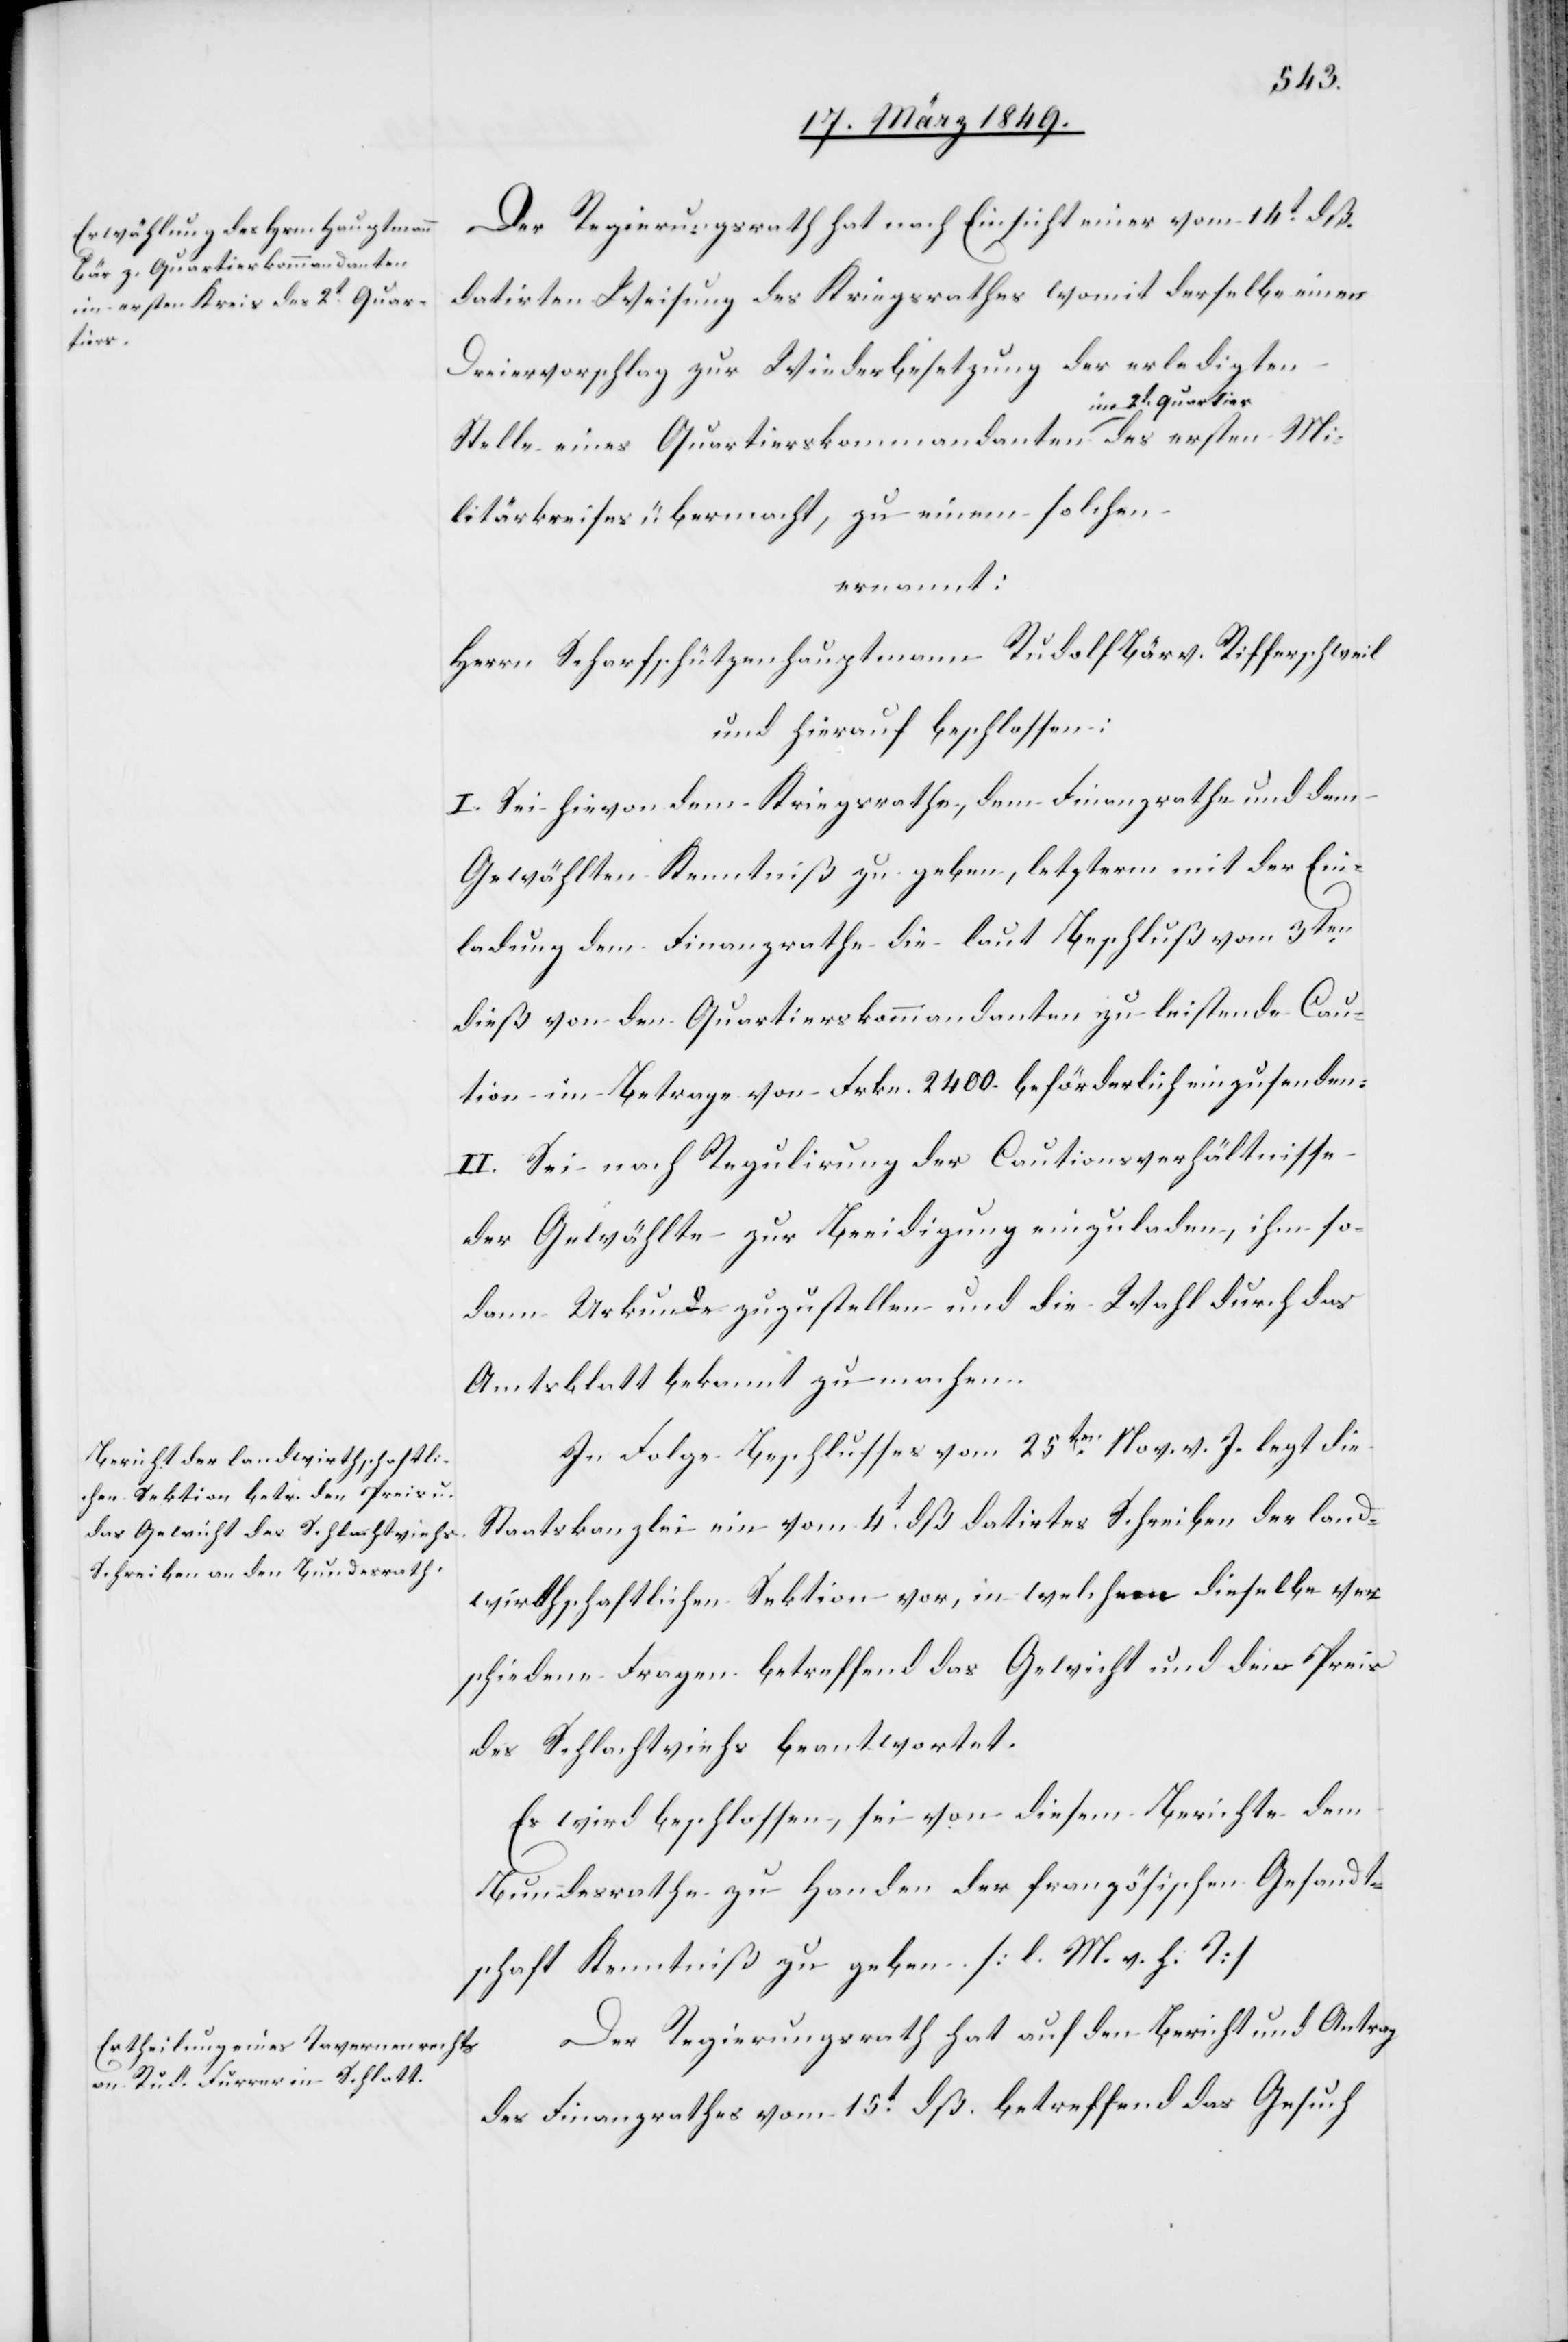
tier des

Der Regierungsrath hat nach Einsicht einer vom 14t. dß.
datirten Weisung des Kriegsrathes womit derselbe einen
Dreiervorschlag zur Wiederbesetzung der erledigten
Stelle eines Quartierskommandanten im 2t. Quar¬
Militärkreises übermacht, zu einem solchen
ernannt:
Herrn Scharfschützenhauptmann Rudolf Bär v. Rifferschweil
und hierauf beschlossen:
I. Sei hievon dem Kriegsrathe, dem Finanzrathe und dem
Gewählten Kenntniß zu geben, letzterm mit der Ein¬
ladung dem Finanzrathe die laut Beschluß vom 3ten.
dieß von den Quartierskommandanten zu leistende Cau¬
tion im Betrage von Frkn. 2400. beförderliche einzusenden.
II. Sei nach Regulirung der Cautionsverhältnisse
der Gewählte zur Beeidigung einzuladen, ihm so¬
dann Urkunde zuzustellen und die Wahl durch das
Amtsblatt bekannt zu machen.
In Folge Beschlusses vom 25ten. Nov. v. J. legt die
Staatskanzlei ein vom 4t. dß datirtes Schreiben der land¬
wirthschaftlichen Sektion vor, in welchem dieselbe ver¬
schiedene Fragen betreffend das Gewicht und den Preis
des Schlachviehs beantwortet.
Es wird beschlossen, sei von diesem Berichte dem
Bundesrathe zu Handen der französischen Gesandt¬
schaft Kenntniß zu geben. [l. M. v. h. T]
Der Regierungsrath hat auf den Bericht und Antrag
des Finanzrathes vom 15t. dß. betreffend das Gesuch